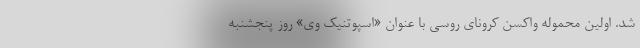
شد. اولین محموله واکسن کرونای روسی با عنوان «اسپوتنیک وی» روز پنجشنبه